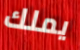
يملك